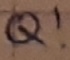
Text: Q!